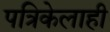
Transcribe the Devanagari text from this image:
पत्रिकेलाही